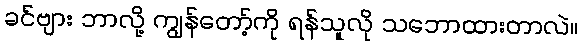
ခင်ဗျား ဘာလို့ ကျွန်တော့်ကို ရန်သူလို သဘောထားတာလဲ။